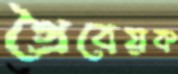
গ্রৈবেয়ক